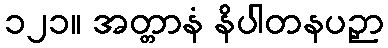
၁၂၁။ အတ္တာနံ နိပါတနပဉှာ